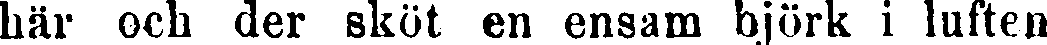
här och der sköt en ensam björk i luften